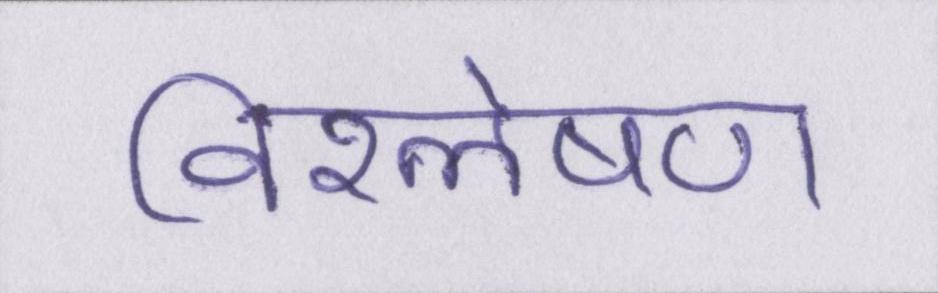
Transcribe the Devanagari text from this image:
विश्लेषण